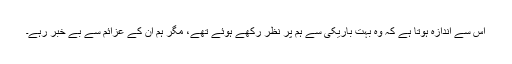
اس سے اندازہ ہوتا ہے کہ وہ بہت باریکی سے ہم پر نظر رکھے ہوئے تھے، مگر ہم ان کے عزائم سے بے خبر رہے۔